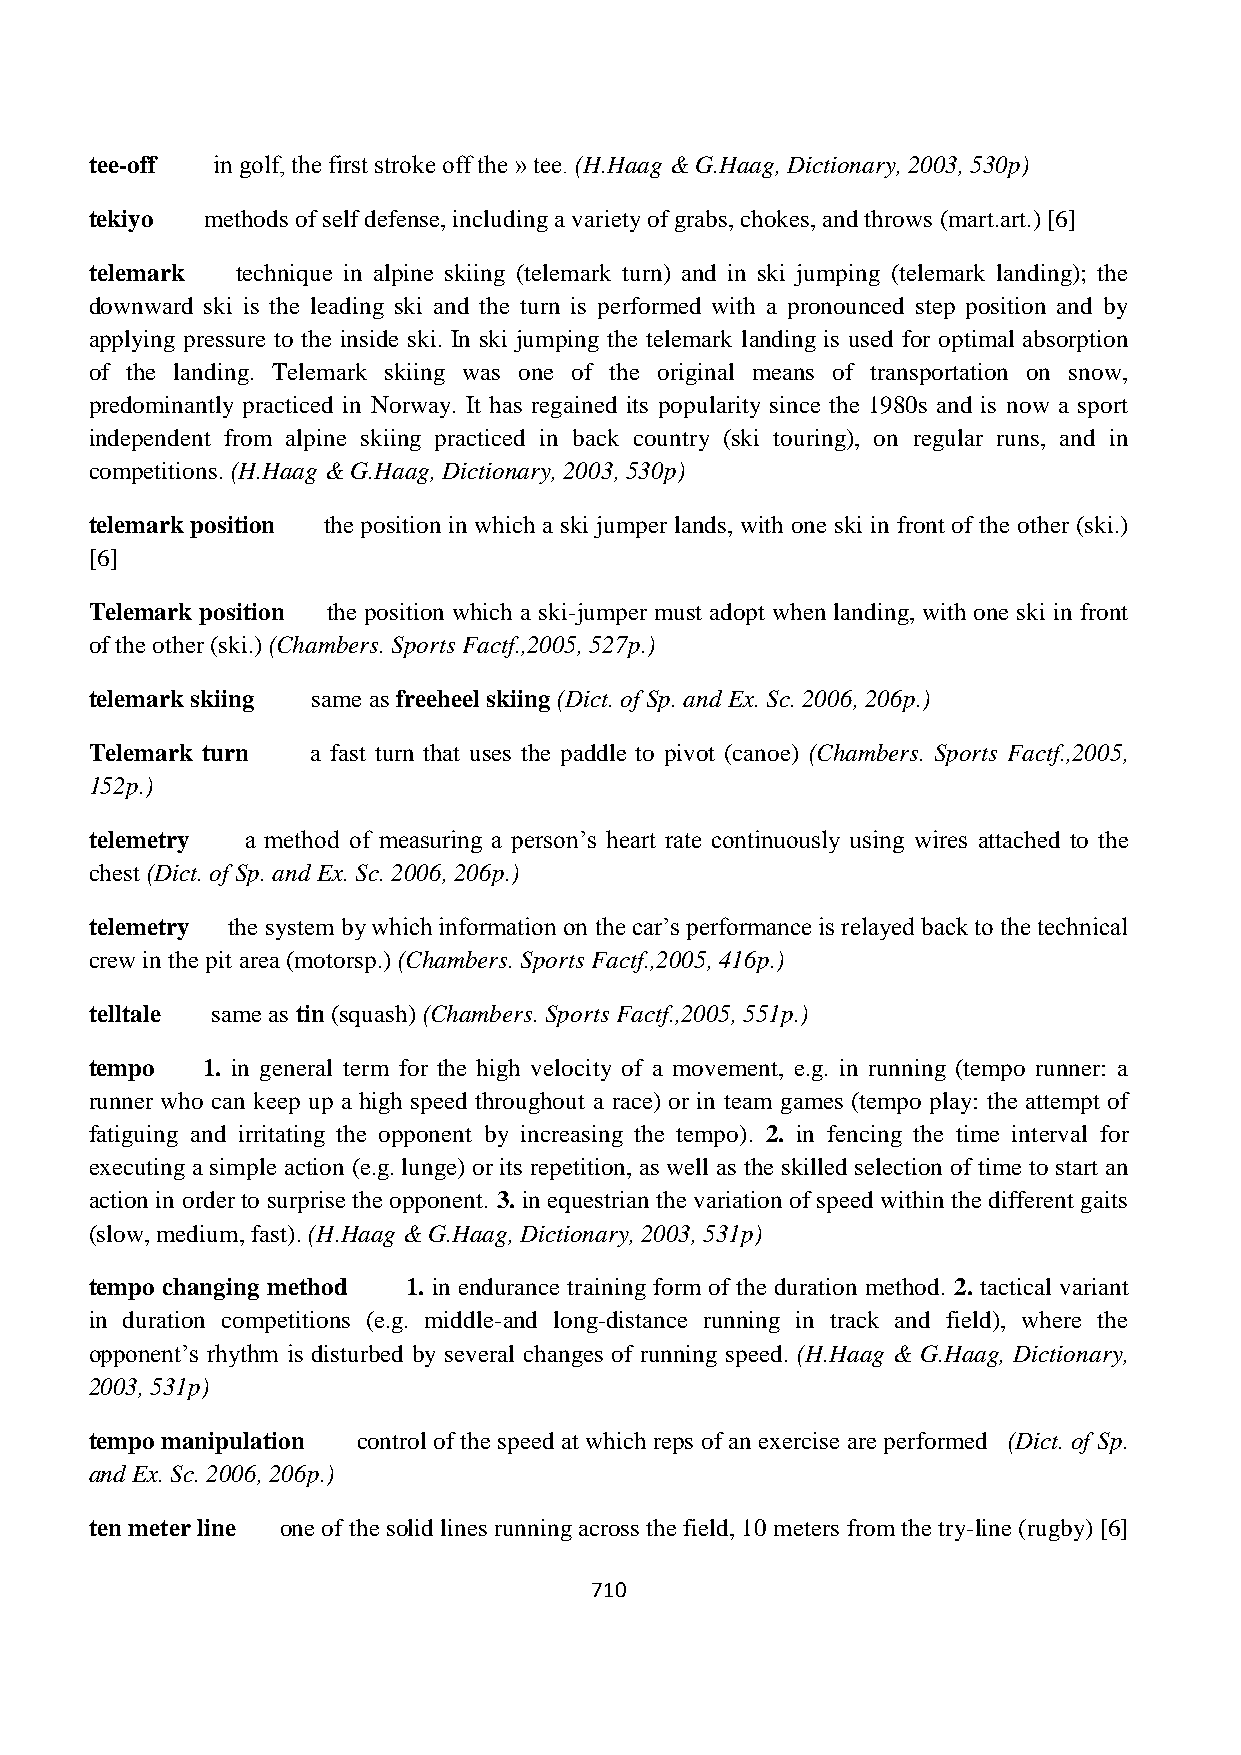
tee-off in golf, the first stroke off the » tee. (H.Haag & G.Haag, Dictionary, 2003, 530p)
 tekiyo  methods of self defense, including a variety of grabs, chokes, and throws (mart.art.) [6]
 telemark  technique in alpine skiing (telemark turn) and in ski jumping (telemark landing); the
 downward ski is the leading ski and the turn is performed with a pronounced step position and by
 applying pressure to the inside ski. In ski jumping the telemark landing is used for optimal absorption
 of the landing. Telemark skiing was one of the original means of transportation on snow,
 predominantly practiced in Norway. It has regained its popularity since the 1980s and is now a sport
 independent from alpine skiing practiced in back country (ski touring), on regular runs, and in
 competitions. (H.Haag & G.Haag, Dictionary, 2003, 530p)
 telemark position the position in which a ski jumper lands, with one ski in front of the other (ski.)
 [6]
 Telemark position the position which a ski-jumper must adopt when landing, with one ski in front
 of the other (ski.) (Chambers. Sports Factf.,2005, 527p.)
 telemark skiing same as freeheel skiing (Dict. of Sp. and Ex. Sc. 2006, 206p.)
 Telemark turn  a fast turn that uses the paddle to pivot (canoe) (Chambers. Sports Factf.,2005,
 152p.)
 telemetry a method of measuring a person‟s heart rate continuously using wires attached to the
 chest (Dict. of Sp. and Ex. Sc. 2006, 206p.)
 telemetry the system by which information on the car‟s performance is relayed back to the technical
 crew in the pit area (motorsp.) (Chambers. Sports Factf.,2005, 416p.)
 telltale same as tin (squash) (Chambers. Sports Factf.,2005, 551p.)
 tempo  1. in general term for the high velocity of a movement, e.g. in running (tempo runner: a
 runner who can keep up a high speed throughout a race) or in team games (tempo play: the attempt of
 fatiguing and irritating the opponent by increasing the tempo). 2. in fencing the time interval for
 executing a simple action (e.g. lunge) or its repetition, as well as the skilled selection of time to start an
 action in order to surprise the opponent. 3. in equestrian the variation of speed within the different gaits
 (slow, medium, fast). (H.Haag & G.Haag, Dictionary, 2003, 531p)
 tempo changing method 1. in endurance training form of the duration method. 2. tactical variant
 in duration competitions (e.g. middle-and long-distance running in track and field), where the
 opponent‟s rhythm is disturbed by several changes of running speed. (H.Haag & G.Haag, Dictionary,
 2003, 531p)
 tempo manipulation control of the speed at which reps of an exercise are performed (Dict. of Sp.
 and Ex. Sc. 2006, 206p.)
 ten meter line one of the solid lines running across the field, 10 meters from the try-line (rugby) [6]
 710